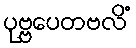
ပုဗ္ဗပေတဗလိံ